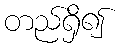
တည်ရှိ၍